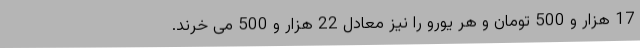
17 هزار و 500 تومان و هر یورو را نیز معادل 22 هزار و 500 می خرند.